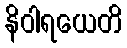
နိဝါရယေတိ